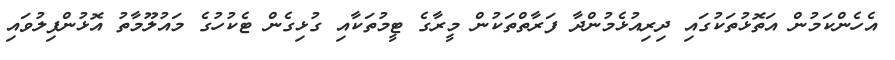
އެހެންކަމުން އަތޮޅުތަކުގައި ދިރިއުޅެމުންދާ ފަރާތްތަކުން މީރާގެ ޓީމުތަކާއި ގުޅިގެން ޓެކުހުގެ މައުލޫމާތު އޮޅުންފިލުވައި